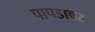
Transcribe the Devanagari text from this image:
पापडावर